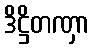
ဒိဋ္ဌိတဏှာ